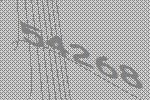
54268